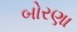
બોરણા